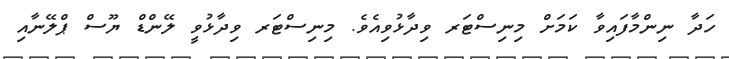
ހަދާ ނިންމާފައިވާ ކަމަށް މިނިސްޓަރ ވިދާޅުވިއެވެ. މިނިސްޓަރ ވިދާޅުވީ ލޭންޑް ޔޫސް ޕްލޭނާއި